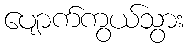
ပျောက်ကွယ်သွား